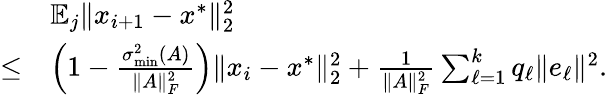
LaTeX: \begin{array}{rl}&{\mathbb{E}_{j}\| x_{i+1}-x^{*}\| _{2}^{2}}\\ {\leq}&{\left(1-\frac{\sigma_{\operatorname*{min}}^{2}(A)}{\| A\| _{F}^{2}}\right)\| x_{i}-x^{*}\| _{2}^{2}+\frac{1}{\| A\| _{F}^{2}}\sum_{\ell=1}^{k}q_{\ell}\| e_{\ell}\| ^{2}.}\end{array}